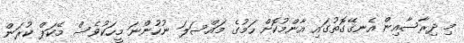
މި ދިރާސާއިން އެނގޭގޮތުގައި އާންމުކޮށް ހަމުގެ މައްސަލަ ނުހުންނަ މީހަކުވެސް މޭކަޕް ކުރަން